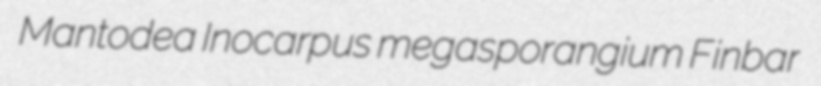
Mantodea Inocarpus megasporangium Finbar